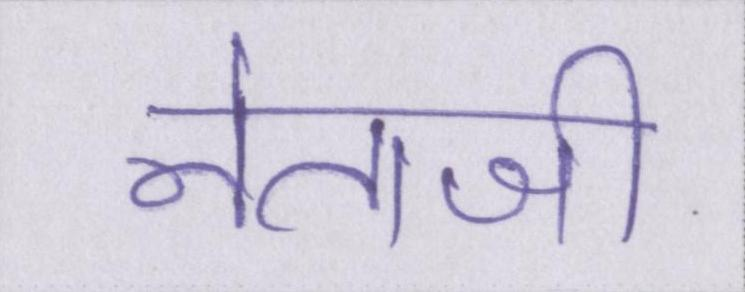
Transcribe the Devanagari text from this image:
नेताजी